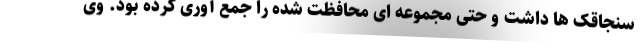
سنجاقک ها داشت و حتی مجموعه ای محافظت شده را جمع آوری کرده بود. وی